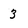
Character: 3